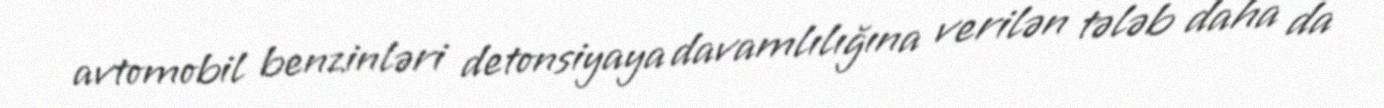
avtomobil benzinləri detonsiyaya davamlılığına verilən tələb daha da